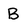
Character: B